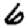
Digit: 6